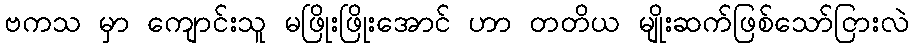
ဗကသ မှာ ကျောင်းသူ မဖြိုးဖြိုးအောင် ဟာ တတိယ မျိုးဆက်ဖြစ်သော်ငြားလဲ